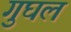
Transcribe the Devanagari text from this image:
गुघल